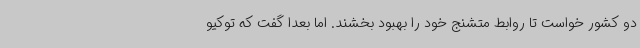
دو کشور خواست تا روابط متشنج خود را بهبود بخشند. اما بعدا گفت که توکیو